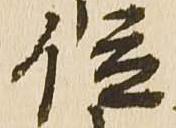
位